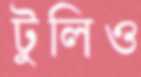
টুলিও